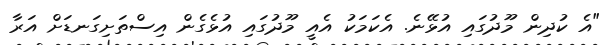
"އެ ކުދިން މޫދުގައި އުޅޭނެ. އެކަމަކު އެއީ މޫދުގައި އުޅެގެން އިސްތަށިގަނޑަށް އަރާ